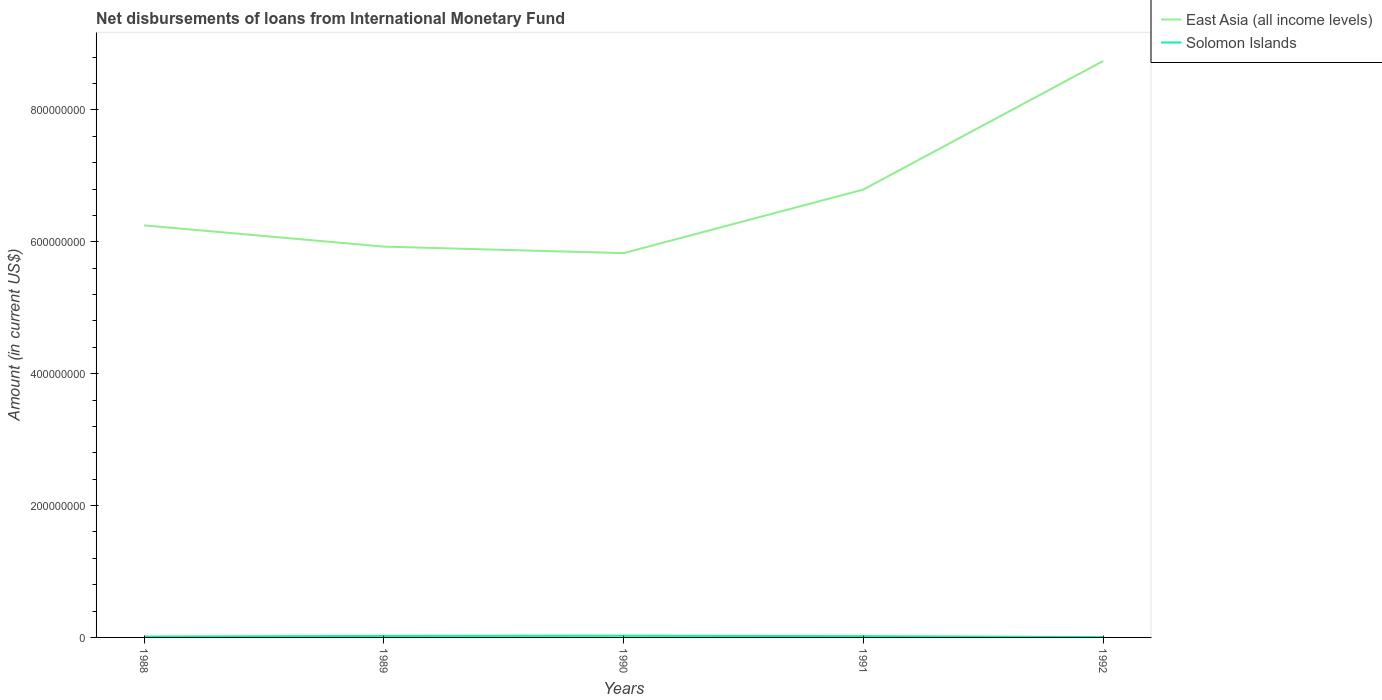
| Years | East Asia (all income levels) | Solomon Islands |
 | --- | --- | --- |
 | 1988 | 6.25e+08 | 1.3e+06 |
 | 1989 | 5.93e+08 | 2.28e+06 |
 | 1990 | 5.83e+08 | 2.54e+06 |
 | 1991 | 6.79e+08 | 1.92e+06 |
 | 1992 | 8.74e+08 | 4.98e+05 |